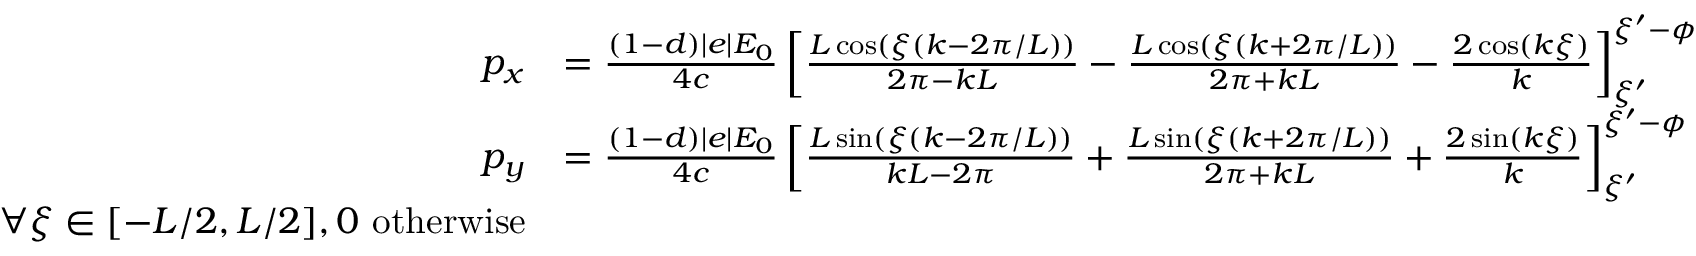
\begin{array} { r l } { p _ { x } } & { = \frac { ( 1 - d ) | e | E _ { 0 } } { 4 c } \left[ \frac { L \cos ( \xi ( k - 2 \pi / L ) ) } { 2 \pi - k L } - \frac { L \cos ( \xi ( k + 2 \pi / L ) ) } { 2 \pi + k L } - \frac { 2 \cos ( k \xi ) } { k } \right] _ { \xi ^ { \prime } } ^ { \xi ^ { \prime } - \phi } } \\ { p _ { y } } & { = \frac { ( 1 - d ) | e | E _ { 0 } } { 4 c } \left[ \frac { L \sin ( \xi ( k - 2 \pi / L ) ) } { k L - 2 \pi } + \frac { L \sin ( \xi ( k + 2 \pi / L ) ) } { 2 \pi + k L } + \frac { 2 \sin ( k \xi ) } { k } \right] _ { \xi ^ { \prime } } ^ { \xi ^ { \prime } - \phi } } \\ { \forall \xi \in [ - L / 2 , L / 2 ] , 0 \ \mathrm { o t h e r w i s e } } \end{array}